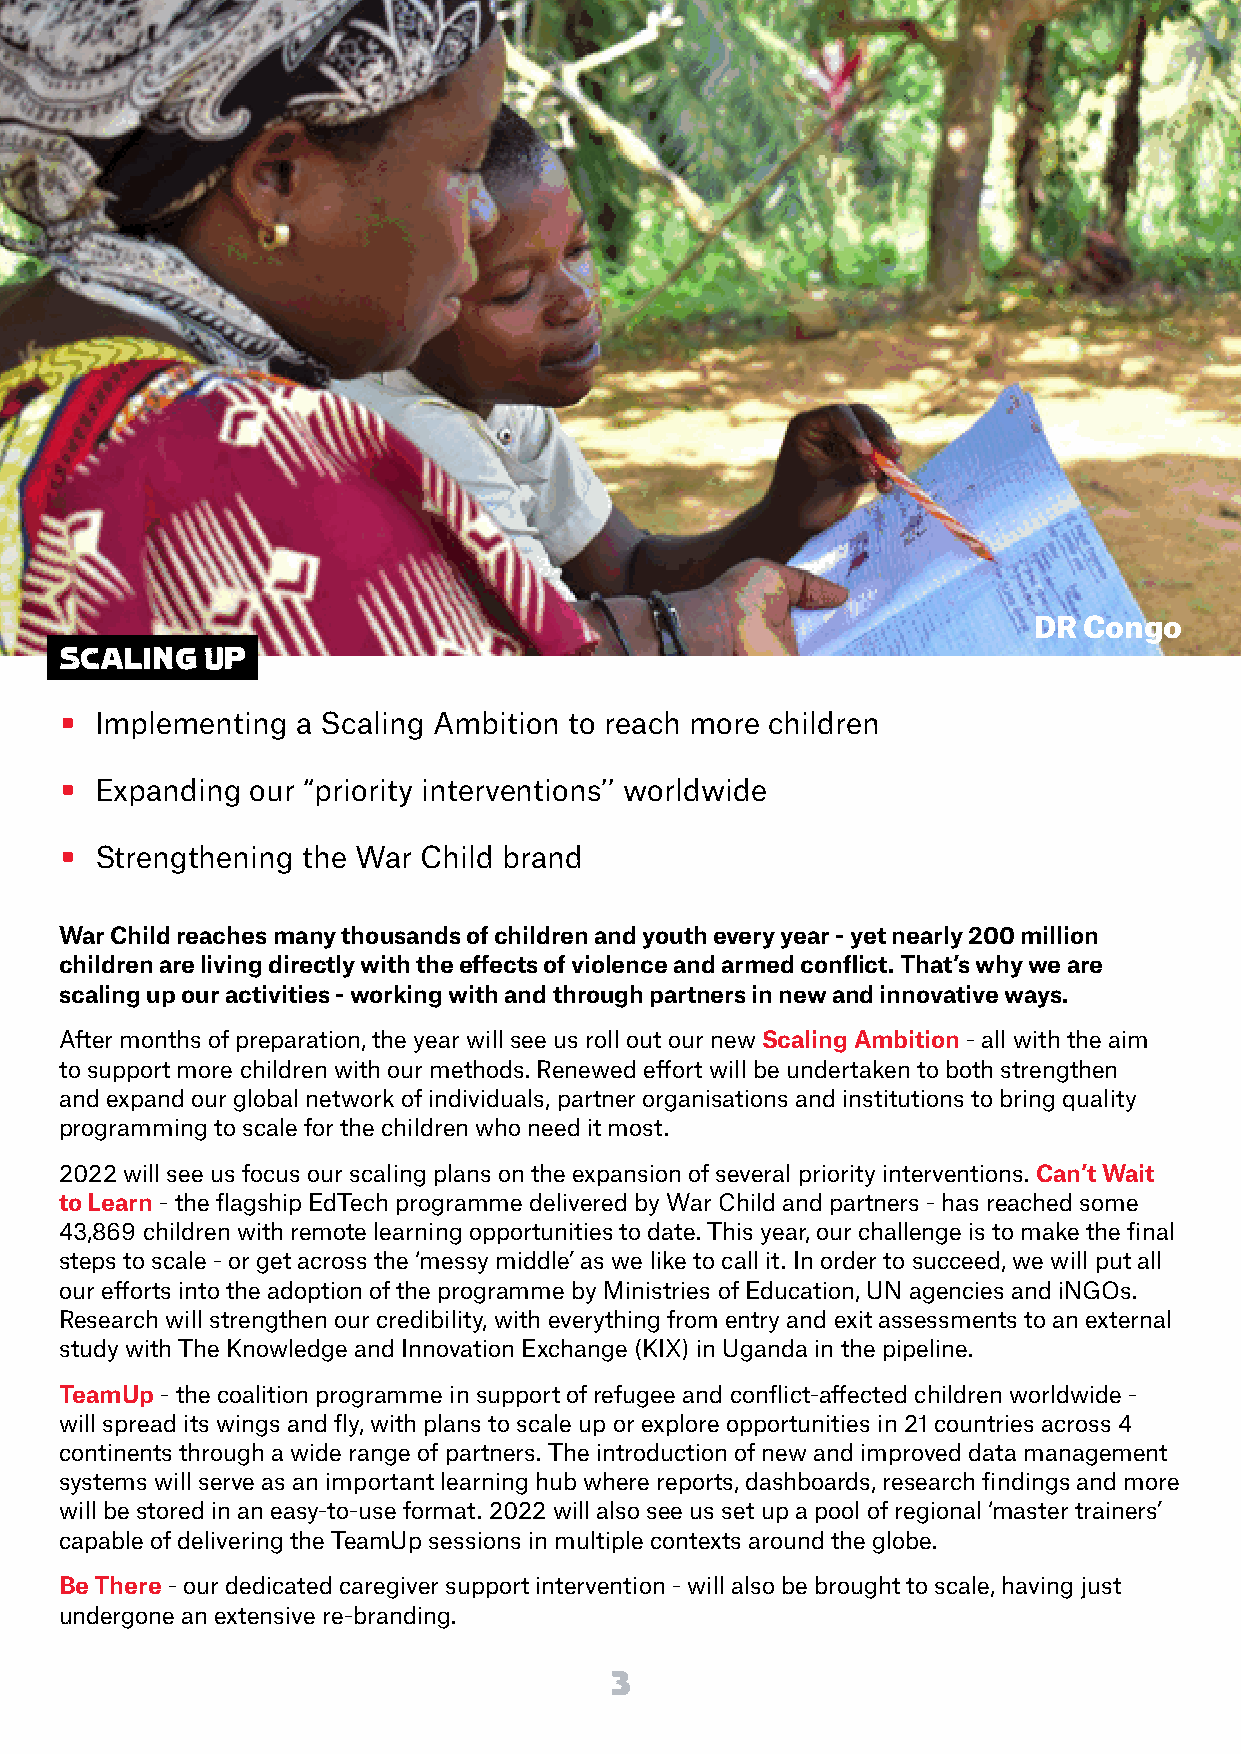
DR  Congo
 SCALING  UP
 • Implementing  a Scaling Ambition to reach more children
 • Expanding  our “priority interventions’’ worldwide
 • Strengthening the War Child brand
 War Child reaches many thousands of children and youth every year - yet nearly 200 million
 children are living directly with the effects of violence and armed conflict. That’s why we are
 scaling up our activities - working with and through partners in new and innovative ways.
 After months of preparation, the year will see us roll out our new Scaling Ambition - all with the aim
 to support more children with our methods. Renewed effort will be undertaken to both strengthen
 and expand our global network of individuals, partner organisations and institutions to bring quality
 programming to scale for the children who need it most.
 2022 will see us focus our scaling plans on the expansion of several priority interventions. Can’t Wait
 to Learn - the flagship EdTech programme delivered by War Child and partners - has reached some
 43,869 children with remote learning opportunities to date. This year, our challenge is to make the final
 steps to scale - or get across the ‘messy middle’ as we like to call it. In order to succeed, we will put all
 our efforts into the adoption of the programme by Ministries of Education, UN agencies and iNGOs.
 Research will strengthen our credibility, with everything from entry and exit assessments to an external
 study with The Knowledge and Innovation Exchange (KIX) in Uganda in the pipeline.
 TeamUp - the coalition programme in support of refugee and conflict-affected children worldwide -
 will spread its wings and fly, with plans to scale up or explore opportunities in 21 countries across 4
 continents through a wide range of partners. The introduction of new and improved data management
 systems will serve as an important learning hub where reports, dashboards, research findings and more
 will be stored in an easy-to-use format. 2022 will also see us set up a pool of regional ‘master trainers’
 capable of delivering the TeamUp sessions in multiple contexts around the globe.
 Be There - our dedicated caregiver support intervention - will also be brought to scale, having just
 undergone an extensive re-branding.
 3